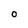
Character: 0